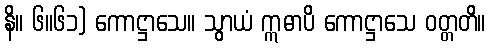
နိ။ ၆။၆၁) ကောဋ္ဌာသေ။ သွာယံ ဣဓာပိ ကောဋ္ဌာသေ ဝတ္တတိ။